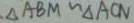
\Delta A B M \sim \Delta A C N